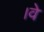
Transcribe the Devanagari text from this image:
।वे